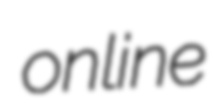
online